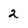
Character: 2